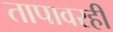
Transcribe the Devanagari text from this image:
तापावरही